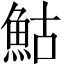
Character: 鮕